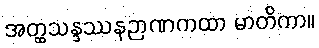
အတ္ထသန္ဒဿနဉာဏကထာ မာတိကာ။